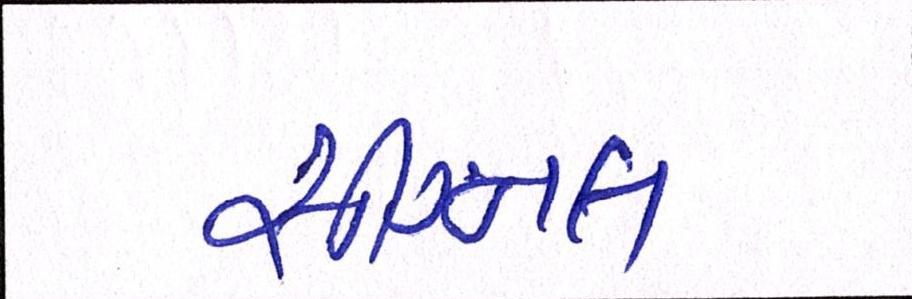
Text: સીગ્નલ